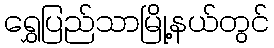
ရွှေပြည်သာမြို့နယ်တွင်